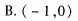
B. (-1，0)